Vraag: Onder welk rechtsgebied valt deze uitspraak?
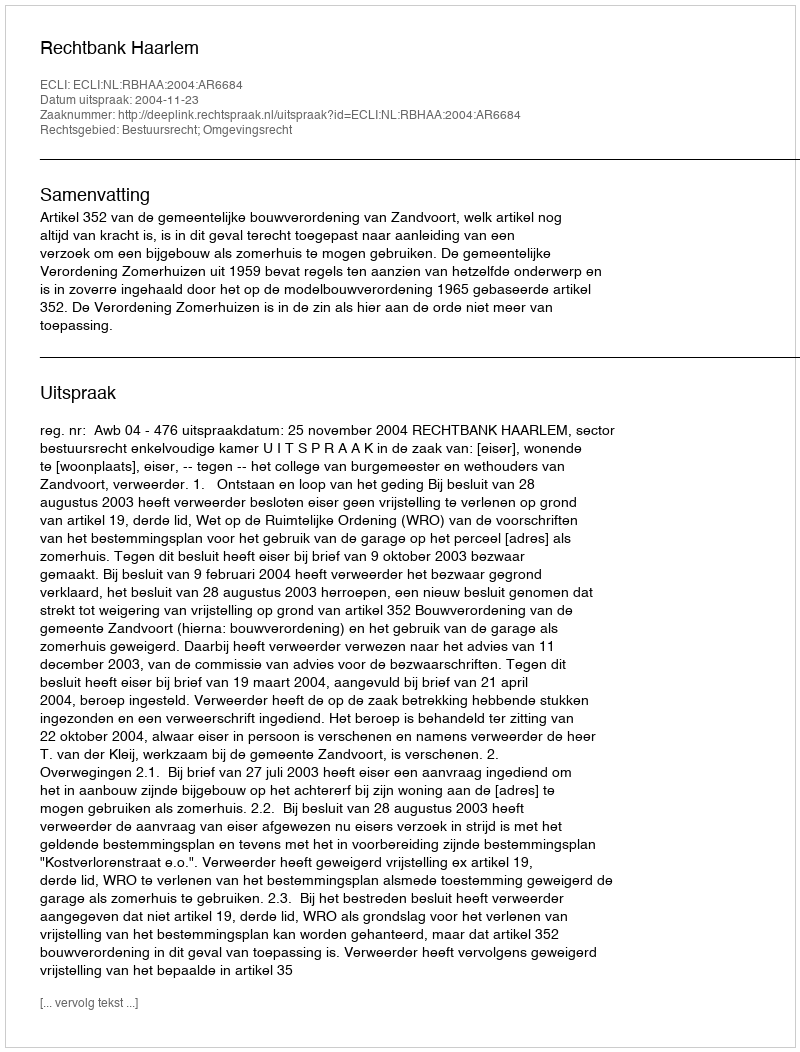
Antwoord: Bestuursrecht; Omgevingsrecht